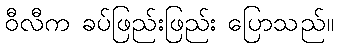
ဝီလီက ခပ်ဖြည်းဖြည်း ပြောသည်။